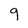
Character: q